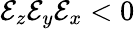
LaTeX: \mathcal{E}_{z}\mathcal{E}_{y}\mathcal{E}_{x}<0